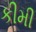
કીમી